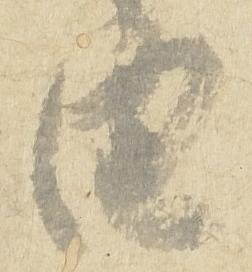
由